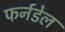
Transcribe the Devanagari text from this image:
फर्नडेल